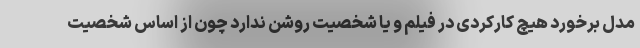
مدل برخورد هیچ کارکردی در فیلم و یا شخصیت روشن ندارد چون از اساس شخصیت